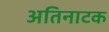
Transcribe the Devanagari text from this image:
अतिनाटक